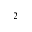
^ 2